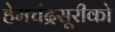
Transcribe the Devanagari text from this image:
हेमचंद्रसूरीको